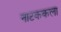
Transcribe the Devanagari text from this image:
नाटककला